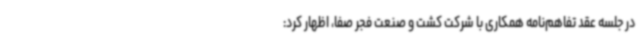
در جلسه عقد تفاهم‌نامه همکاری با شرکت کشت و صنعت فجر صفا، اظهار کرد: